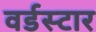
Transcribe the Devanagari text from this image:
वर्डस्‍टार